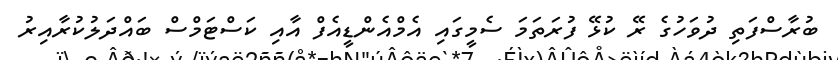
ބުރާސްފަތި ދުވަހުގެ ރޭ ކުޅޭ ފުރަތަމަ ސެމީގައި އެމްއެންޑީއެފް އާއި ކަސްޓަމްސް ބައްދަލުކުރާއިރު